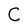
Character: C